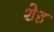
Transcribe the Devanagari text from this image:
शेह